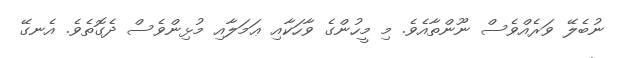
ނުބެލޭ ވަރެއްވެސް ނޫންތާއެވެ. މި މީހުންގެ ވާހަކާއި ޢަމަލާއި މުޅިންވެސް ދެގޮތެވެ. އެނގޭ